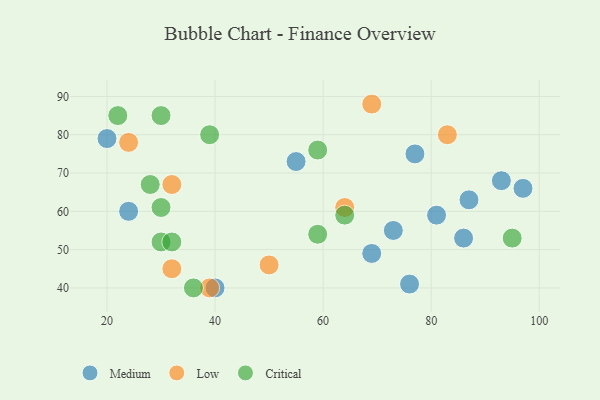
{"axis": {"x": "GDP", "y": "Life Expectancy"}, "legend": ["Critical", "Low", "Medium"], "data": [{"x": "20", "y": 79, "type": "Medium"}, {"x": "40", "y": 40, "type": "Medium"}, {"x": "87", "y": 63, "type": "Medium"}, {"x": "69", "y": 49, "type": "Medium"}, {"x": "93", "y": 68, "type": "Medium"}, {"x": "73", "y": 55, "type": "Medium"}, {"x": "97", "y": 66, "type": "Medium"}, {"x": "55", "y": 73, "type": "Medium"}, {"x": "86", "y": 53, "type": "Medium"}, {"x": "24", "y": 60, "type": "Medium"}, {"x": "81", "y": 59, "type": "Medium"}, {"x": "76", "y": 41, "type": "Medium"}, {"x": "77", "y": 75, "type": "Medium"}, {"x": "50", "y": 46, "type": "Low"}, {"x": "24", "y": 78, "type": "Low"}, {"x": "32", "y": 67, "type": "Low"}, {"x": "64", "y": 61, "type": "Low"}, {"x": "39", "y": 40, "type": "Low"}, {"x": "83", "y": 80, "type": "Low"}, {"x": "32", "y": 45, "type": "Low"}, {"x": "69", "y": 88, "type": "Low"}, {"x": "30", "y": 85, "type": "Critical"}, {"x": "64", "y": 59, "type": "Critical"}, {"x": "59", "y": 76, "type": "Critical"}, {"x": "22", "y": 85, "type": "Critical"}, {"x": "39", "y": 80, "type": "Critical"}, {"x": "28", "y": 67, "type": "Critical"}, {"x": "30", "y": 61, "type": "Critical"}, {"x": "30", "y": 52, "type": "Critical"}, {"x": "95", "y": 53, "type": "Critical"}, {"x": "36", "y": 40, "type": "Critical"}, {"x": "59", "y": 54, "type": "Critical"}, {"x": "32", "y": 52, "type": "Critical"}]}